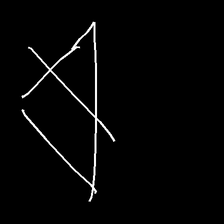
Glyph: empower